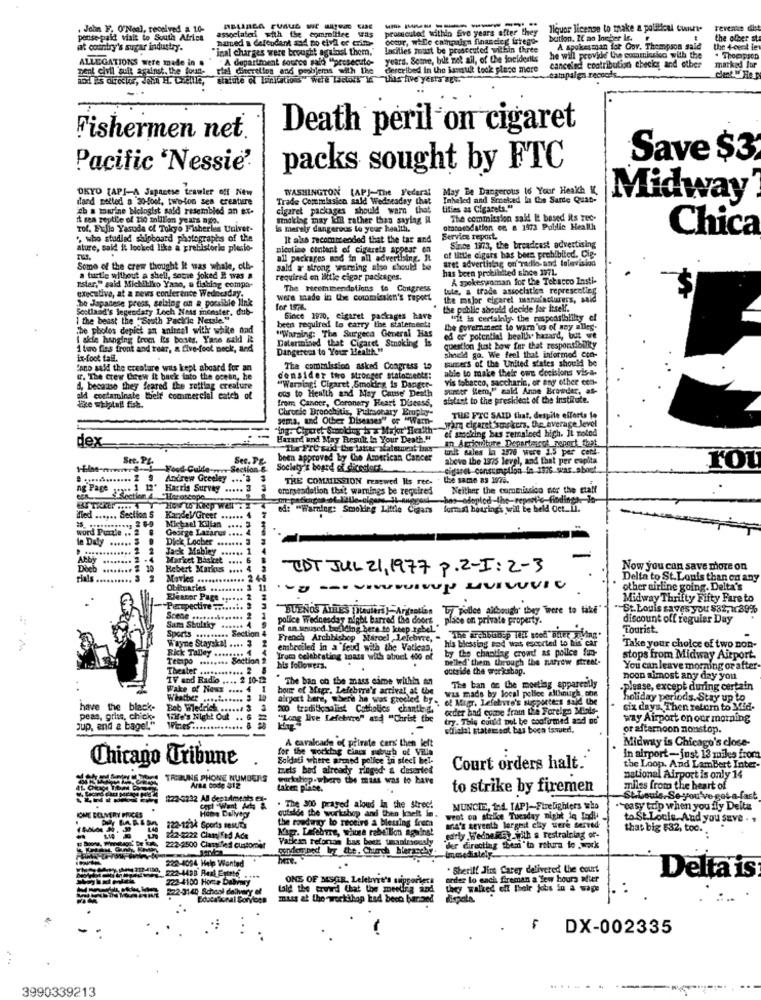
. John F. O'Neal, received a 10-
associated with the commilire was
promicutod within five years after they
liquor license to make a political Cunurt-
Tevenke dihet
pense-paid valt to South Africa
natued & Celoudant 24 no civil er cim-
comor, while campaign financing irregu-
bution. If an Jonger Ic.
the olber sta
at country's sugar industry.
"inal charges were brought against them."
lacities must be prosecuted wilfiin three
A spokesman for Gov. Thompson said
the 4-cent ien
ALLEGATIONS were made in .
A department source sald "presecute-
years. Seme, but not all, of the fociderits
he will provide the commissies with the
. Thompson
pent civil suit against. the foun-
rial duerellos and peobjems with the
described in the lassult took place more
canceled contribution checks and other
campalga.records
marked Jor
statute of Loinications" well Lactous in thas hive yes WEw.
Death peril on cigaret
Fishermen net.
Save $3
Pacific 'Nessie'
packs sought by FTC
OKYO TAPI-A Japanese trawler off New
WASHINGTON (AP)-The Federal May Be Dangerous to Your Health IC
dand netted a 20-foot, two-ton see creature
Trade Commulasico sald Wednesday that
Inhaled and Smoked la the Same Quan-
Midway
ah a marine biologist sald resembled an ex-
cigaret packages should warn that
tifies as Cigarets."
it sen reptile of 20 million years ago.
Sinoklag may Em rather than saying il
The commission said It based its zec-
Tol, Fullo Yasuda of Tokyo Fisheries Univer-
is merely dangerous lo your health.
otatoesdation on a 1973 Public Health
Chica
" who studied shipboard photographs of the
It also recommended that the tar and
Service report.
ature, said it locked like a prehistoric plesio-
nicotine content of cintarets appear on
Since 1973, the broadcast advertising
all packages and in all advertising. It
of little cigars has been prohibited. Cip-
Some of the crew thought It was whale, otb-
sald a strong warning also should be
has been prohibited since 1771.
13676 on radio and television
turtle without a shell, some joked I was a
required on liitle cigar packages.
A spokeswoman for the Tobacco Insti-
executive, at a news conference Wednesday.
"ster," said Michillko Yano, a fishing comy
The Heeminendotions to Congress
tule, a trade association represceling
were made in the commission's report
caret manufacturers, said
be Japanese press, selaing on a possible link
d's legendary Loch Ness meester, dub-
the public should decide for itself.
I the beast the "South Packic Nersie"
Since 1970, cigaret packages have
"it is certainly the responsiblilty el
The photos depict an anireal with white and
been required to carry the statementt
"Warning: The Surgeca General Has
mect to wam us of any alles-
I skie hanging from its bones. Yane wald it
Determined that Cigaret Stnoking Is
ed es potential health hazard, but we
1 two fies front and rear, a five-foot neck, and
Dangerous to Your Health "
question just how far that responsibility
ix-foot tail.
should go. We feel that informed con-
simers of the United states should be
fano said the creature wits kept aboard for an
The commission asked Congress to
able to make their own decisions vis-a-
vis tobacco, saccharin, or any other con-
d, because they feared the zettlag creature
ous to Health and May Cause' Death
Sunter Kem," said Anne Browder, as-
ald contaminate thhelt commercial catch of
from Cancer, Coronary Heart Disease,
sistant to the president of the institute.
like whiptel! fisk.
Chronic Bronchitis, Pulmonary Bruphy-
soma, und Other Diseases" of "Warn-
THE FTC SAID that, despite efforts le
"ing. Cipuret Stwokiny is a Major Health"
of smoking bas remained high. IL noted
wira cigaret'smokers, the average level
dex
Hazard und May Result In Your Death."
"The Fre said the latter afalstoeat boas
turist sales la 1476 were 2.5 per cent
ciculture Departeicut, Fanart fall
Ste. PL.
Sec. PE.
been approved by the American Cancer
above the 1375 level, and that per capita
Food-Culd
Section &
Society's board of dicestoc.
rou
............. 2 9
Andrew Greeley
THE COMMISSION renewed Its rees . the same as 1975.
ng Page was 1 1"
Harris Survey
......
cremesdation that warnings be required
Neither the commissico nor the staff
Section 4 "Horoscope
ed: "Warning: Smoking Little Cigars
formal hotring's will be held Get_11.
ifled ...... Section 5
Michael Killan
KandeV/Greet ...... 1
word Puzzle .. 2 .
George Lazarus .
le Daly ......
Diek Locher
2
Jack Mabley
.1
Market Basket ....
-
Dieb
Doch ........ # 10
Hebert Markus
-EDT JUL 21, 1977 P. 2-I: 2-3
Now you can save more on
Maries .
Delta to St.Louis than on any
3 11
other airline going. Delta's
Eleanor Page ...
Midway Thrifty Fifty Fare to
"Perspective ........ .
BUENOS AIRES [Haulers )-Artantis. L/ police although' they Were to take"
St. Louis saves you $32, 139%
Scene .......
night barred the doors
place on private property.
discount off reguiar Day
Sama Stultky
Sports ......... Section
police Wednesday night ba
Tourist.
Wayne Stayskal .... 3
French Archbishop Maroel
Marcel Lefebvre, -
his blessing end was escorted to his car
Rick Talley ...
embroiled in a "feud with the Vatleas,
by the chanting crowd as police fun-
Take your choice of two non-
Tecipa
Section 2
Trom celebrating toass with abuet 400 of
ed' them through the narrow street-
stops from Midway Airport.
Theater
.. 2 8
his followers.
outside the workshop.
You can leave morning or after
TV and Radio .... 2 10-22
.The ban on the mass esme within an
The ban on the moetlag apparently
noon almost any day you
Wake of News .... 4
bour of Migr. Lefebvre's actival af the
please, except during certain
Weather
3 10
airport bere, where he was grocled by . of Mir. Lefebvre's supporters said the
was made by local police although, the
holiday periods. Stay up to
have the black-
Bob Wedrich ...... 3
200 traditionalist Catholics chanth &.
oder and come fram LSe Forelgo Minds-
six days. Then return to 30d-
peas, grise, chick-
Ville's Night Out .. 5
WERES .
"Long live Lefebvre" and "Christ the
try. This could not be confirmed and no'
way Airport on our morning
sup, and a bagel."
official statement bas boca issued !.
or afternoon nonstop.
Midway is Chicago's close-
for the working Class suburb of Villa
A cavalcade of private cars' then lelt
Chicago Tribune
Soldati where armed police in steci bel-
in airport-just 13 miles from
tels bad already ringed & deseried
Court orders halt.
the Loop, And Lambert Inter
TRIBUNE PHONE NUMBERS
workshop-where the miss was to have
national Airport is only 14
Arsa bode 312
taken piece.
to strike by firemen
milles from the heart of
St.Louis, Se you've got a-fast
IONE BELVERY PROCES
cost Want As &
. The 300 prayed aloud in the strec!
outside the workshop and then koelt in.
MUNCIE, 104. [AP]-Firelighters who
^easy trip when you fly Delta
Home Dallyep!
the roadway' to receive a blessing frem
weot on strlice Tuesday night in Todie
to St.Louis, And you save .
222-1234 Sports mescita
Nogr. Lefebvre, whose rebellion against
ara's seventh largeit chy were served
that big $32, too.
262-2222 Classified Ads
Vallean reloros bag beek tmanimovaly
early .WednekS, with a restraining of-
222-2500 Clamifed customer
der directing them 'to rotura to work
222-4094 Help Wanted
..
immediately.
Sheriff Jim Carey delivered the court
222-4438 Real Estate ....
222-4100 Home Dabvary
celer lo each fireman a few hours after
Delta is
822-3140 School delivery of
told the trwird that the meeting and
ONS OF MSGR. Lelebort's suipsongs
they walked off Their jobs in a wage
Edata tonal Sorvicen
muss at the workihop had been banned
DX-002335
3990339213